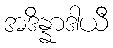
အဒိန္နာဒါယီ